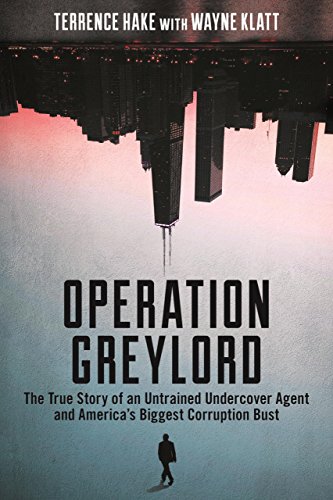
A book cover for Operation Greylord: The True Story of an Untrained Undercover Agent and America's Biggest Corruption Bust; Terrence Hake ; Law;